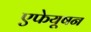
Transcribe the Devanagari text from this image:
एफेयूषन